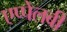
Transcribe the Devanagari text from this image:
एप्पेलबी